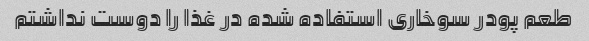
طعم پودر سوخاری استفاده شده در غذا را دوست نداشتم